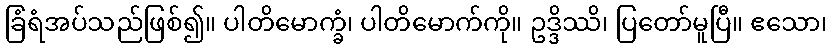
ခြံရံအပ်သည်ဖြစ်၍။ ပါတိမောက္ခံ၊ ပါတိမောက်ကို။ ဥဒ္ဒိဿိ၊ ပြတော်မူပြီ။ ဧသော၊